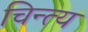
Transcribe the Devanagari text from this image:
चिन्त्य